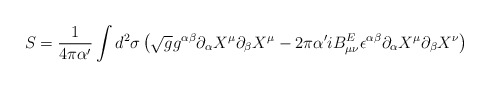
\begin{align*}S=\frac{1}{4\pi\alpha'}\int d^2\sigma \left( \sqrt{g}g^{\alpha \beta}\partial_{\alpha}X^\mu\partial_{\beta}X^\mu -2\pi\alpha'iB^E_{\mu\nu}\epsilon^{\alpha \beta}\partial_{\alpha}X^\mu \partial_{\beta}X^\nu \right)\end{align*}